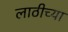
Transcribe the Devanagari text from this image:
लाठीच्या